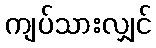
ကျပ်သားလျှင်